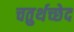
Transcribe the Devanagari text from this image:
चतुर्थच्छेद